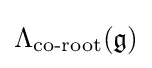
\Lambda _{\text{co-root}}({\mathfrak {g}})